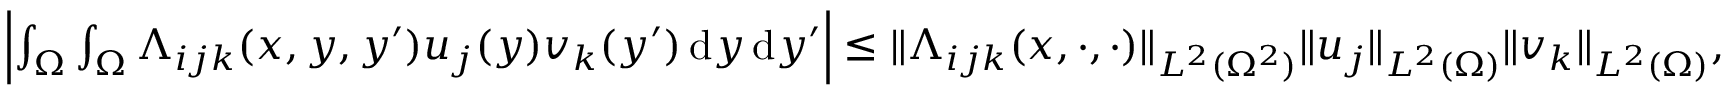
\begin{array} { r } { \Bigl \lvert \int _ { \Omega } \int _ { \Omega } \Lambda _ { i j k } ( x , y , y ^ { \prime } ) u _ { j } ( y ) v _ { k } ( y ^ { \prime } ) \mathop { \mathrm { d } y } \mathop { \mathrm { d } y ^ { \prime } } \Bigr \rvert \le \lVert \Lambda _ { i j k } ( x , \mathord { \cdot } , \mathord { \cdot } ) \rVert _ { L ^ { 2 } ( \Omega ^ { 2 } ) } \lVert u _ { j } \rVert _ { L ^ { 2 } ( \Omega ) } \lVert v _ { k } \rVert _ { L ^ { 2 } ( \Omega ) } , } \end{array}